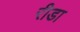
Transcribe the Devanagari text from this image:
रीडा